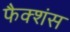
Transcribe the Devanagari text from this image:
फैक्शंस